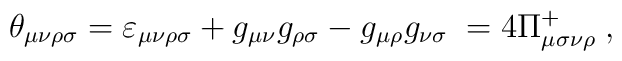
\theta _{\mu \nu \rho \sigma }=\varepsilon _{\mu \nu \rho \sigma }+g_{\mu\nu }g_{\rho \sigma }-g_{\mu \rho }g_{\nu \sigma }\;=4\Pi _{\mu \sigma \nu\rho }^{+}\;,